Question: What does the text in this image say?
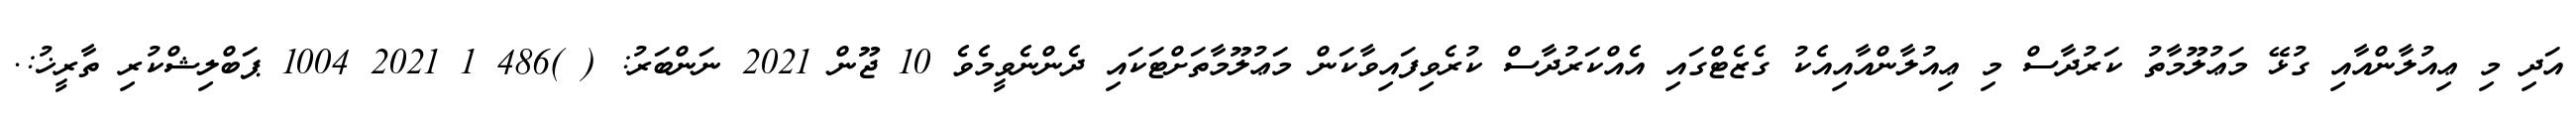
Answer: އަދި މި ޢިއުލާންއާއި ގުޅޭ މަޢުލޫމާތު ކަރުދާސް މި ޢިއުލާންއާއިއެކު ގެޒެޓްގައި އެއްކަރުދާސް ކުރެވިފައިވާކަން މަޢުލޫމާތަށްޓަކައި ދެންނެވީމެވެ 10 ޖޫން 2021 ނަންބަރު: ( )486 1 2021 1004 ޕަބްލިޝްކުރި ތާރީޚު:.